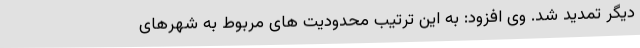
دیگر تمدید شد. وی افزود: به این ترتیب محدودیت های مربوط به شهرهای